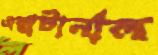
এক্সটার্নাল